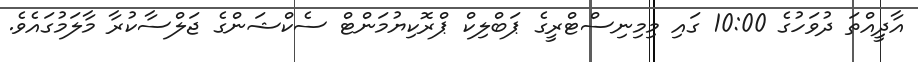
އާދިީއްތަ ދުވަހުގެ 10:00 ގައި މިމިނިސްޓްރީގެ ޕަބްލިކް ޕްރޮކިޔުމަންޓް ސެކްޝަންގެ ޖަލްސާކުރާ މާލަމުގައެވެ.